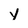
Character: y